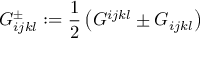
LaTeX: G _ { i j k l } ^ { \pm } : = \frac 1 2 \left( G ^ { i j k l } \pm G _ { i j k l } \right)